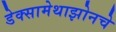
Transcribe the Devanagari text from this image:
डेक्सामेथाझोनचे